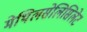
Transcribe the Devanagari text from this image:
मेथिलसेलिसिलेट